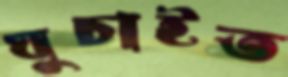
ঘুচাইত